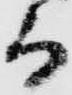
而